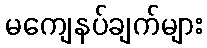
မကျေနပ်ချက်များ